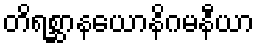
တိရစ္ဆာနယောနိဂမနီယာ